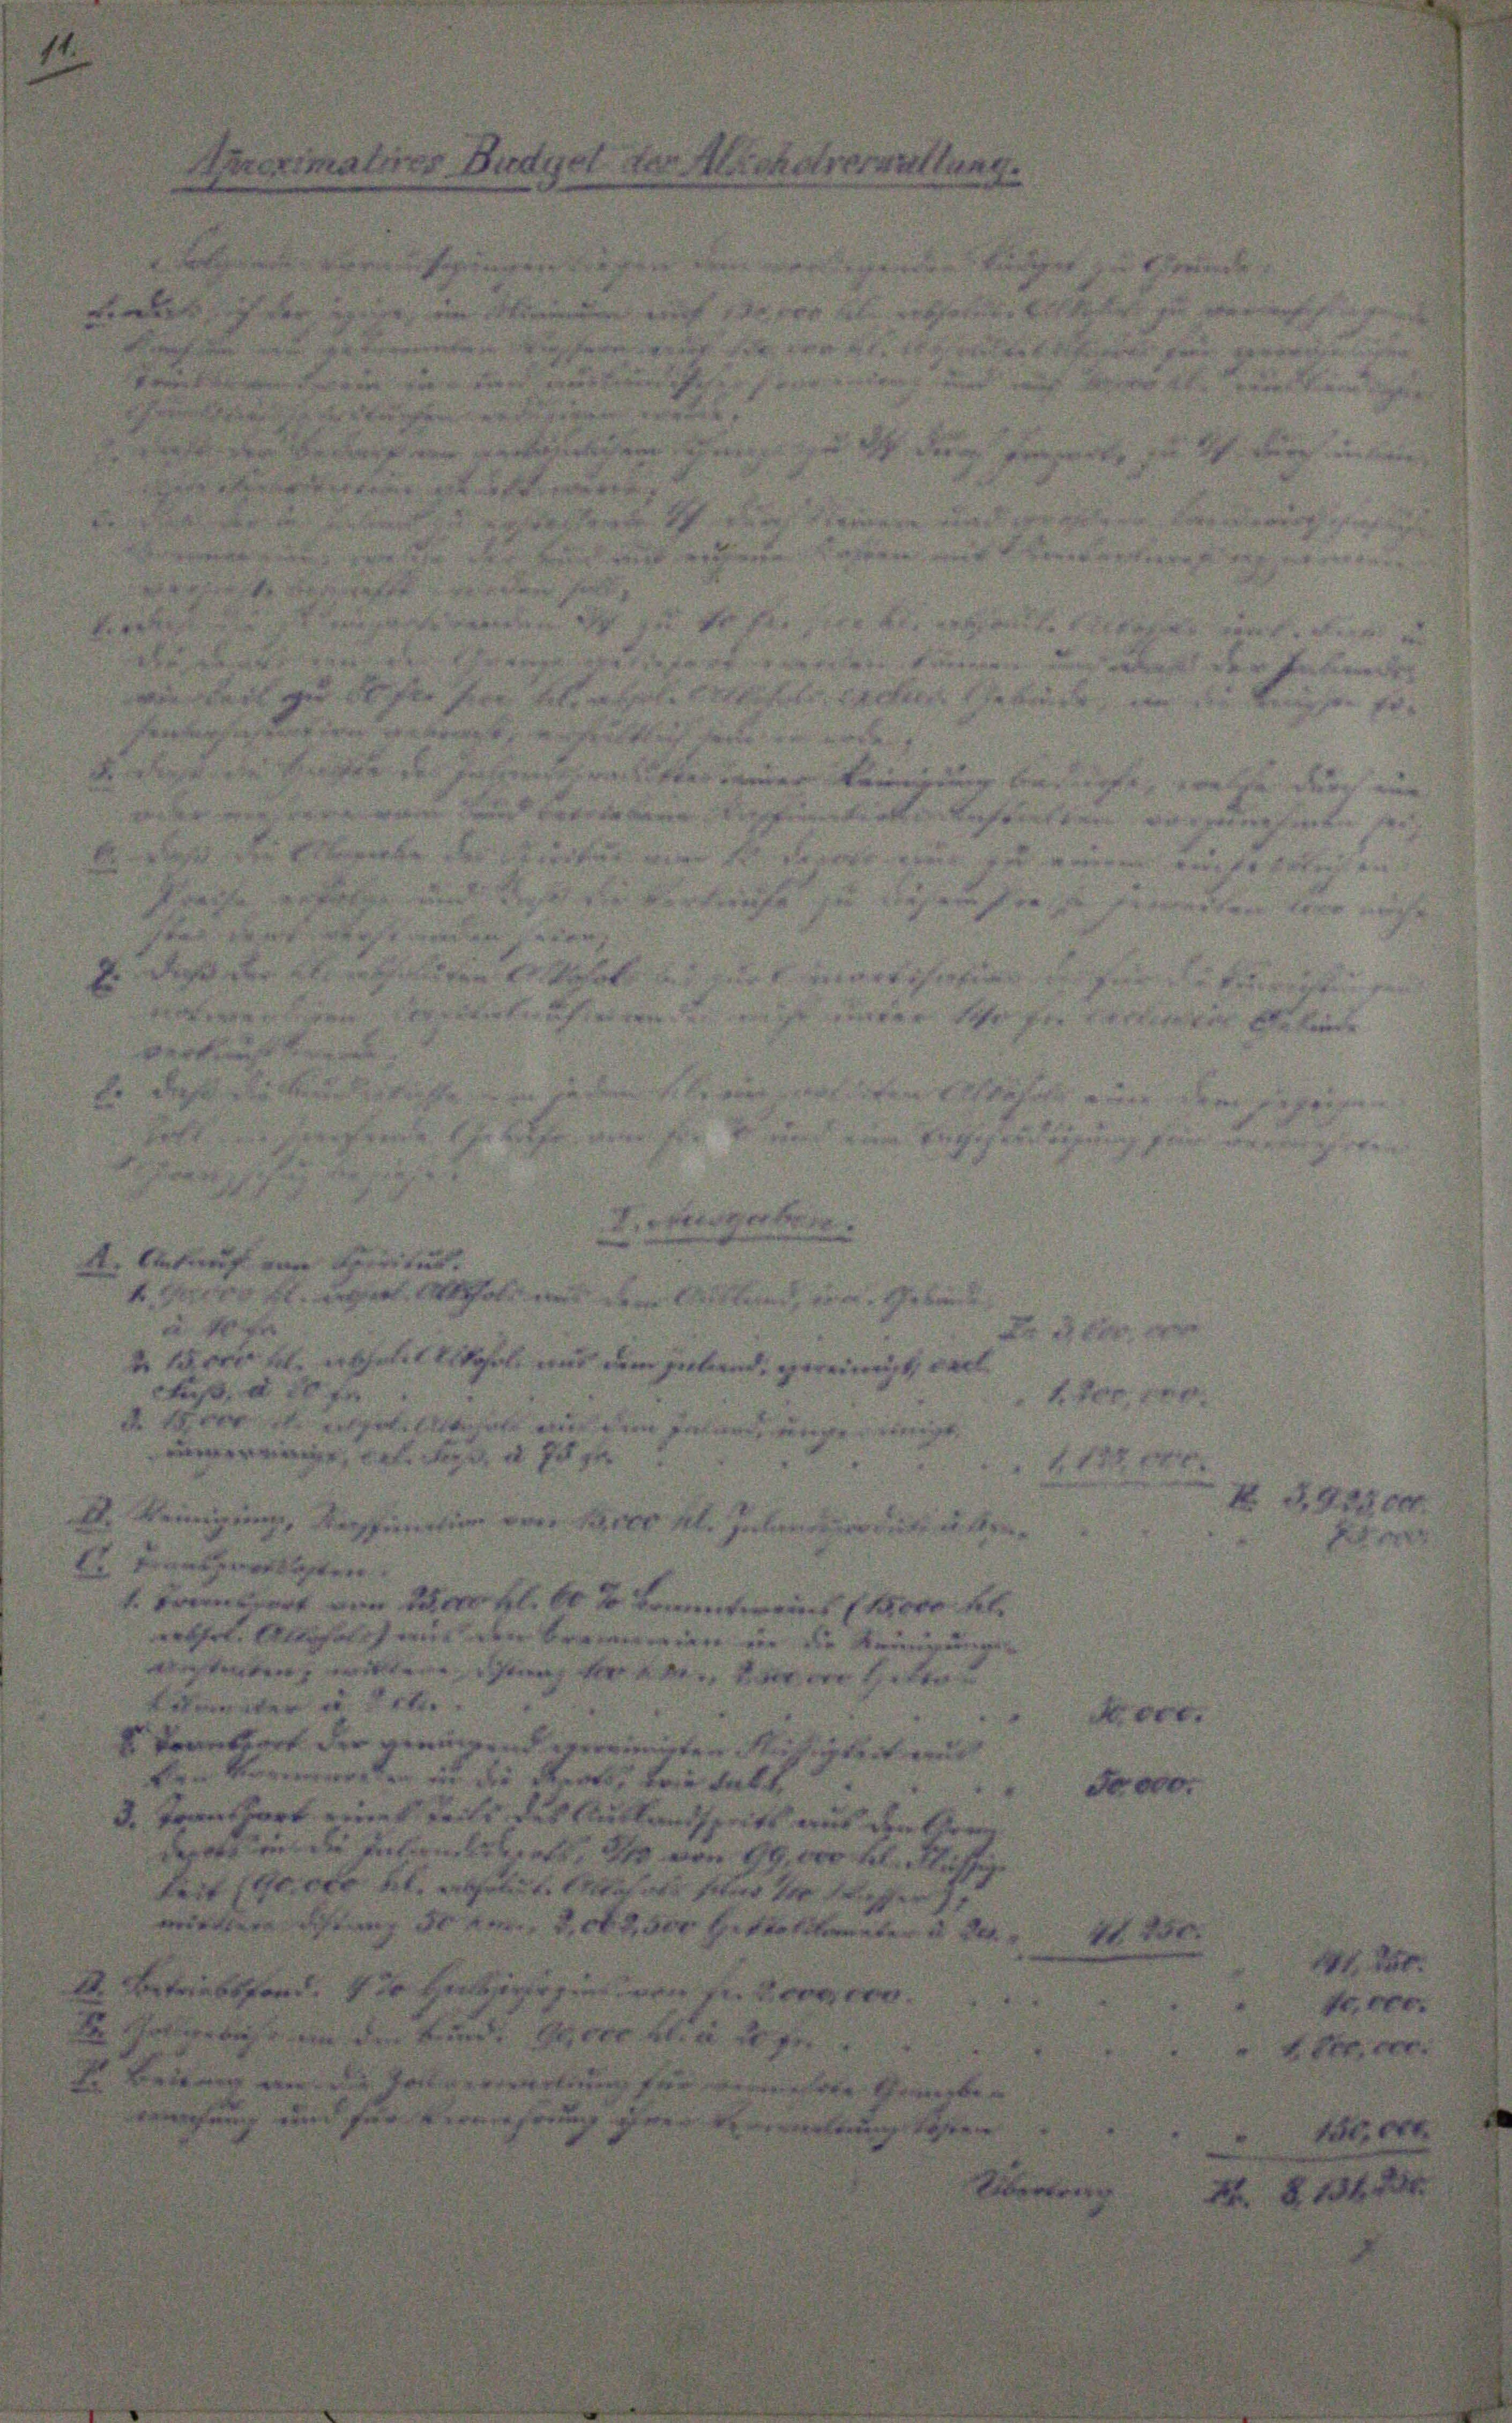
t
1

10
e
etit erkl
r
e
d
1
.
fuß,
egen de
s einer gester
faniert den Tag er
uns f
erthet, sie hat mit den Trommen in die
tenten, worden ihren, fre
eter in Bette
keantwort der geeingend vereinigten Musi
Mageneralen in die Reals die Falt
enthart einer teilt des Leitlandstritt aus
 in die unten leben der von 1. wohl
Ihr der kl. eiget wohnte feier se
e 2 der Sitte d

.

9.

Nr.